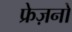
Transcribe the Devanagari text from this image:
फ्रेज़नो